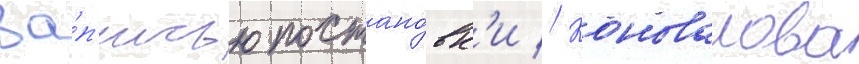
за́п'исью постано́вк'и // Коновалова